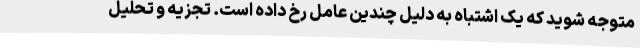
متوجه شوید که یک اشتباه به دلیل چندین عامل رخ داده است. تجزیه و تحلیل